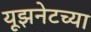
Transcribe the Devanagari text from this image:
यूझनेटच्या